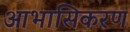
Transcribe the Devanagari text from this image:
आभासिकरण